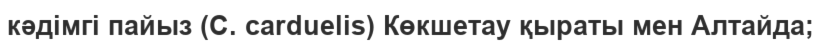
кәдімгі пайыз (C. carduelis) Көкшетау қыраты мен Алтайда;